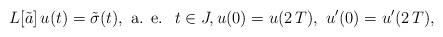
LaTeX: \begin{align*} L[\tilde a]\,u(t)=\tilde \sigma(t),\mbox{ a. e. }\; t\in J,u(0)=u(2\,T),\ u'(0)=u'(2\,T),\end{align*}